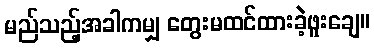
မည်သည့်အခါကမျှ တွေးမထင်ထားခဲ့ဖူးချေ။